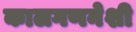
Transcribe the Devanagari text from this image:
कालगणनेशी